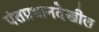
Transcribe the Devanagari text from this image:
पंतप्रधानदेखील